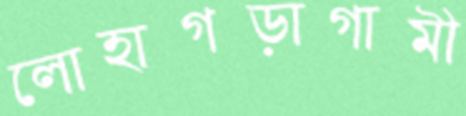
লোহাগড়াগামী